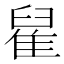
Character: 𨿀